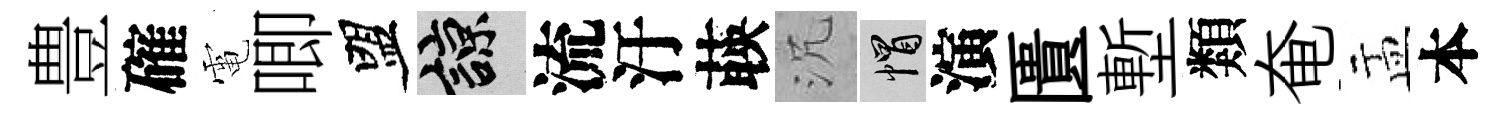
豊確電唧盟諒流汙𦴤沉帽演匱塹類奄盂本